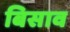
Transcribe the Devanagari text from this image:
बिसाव